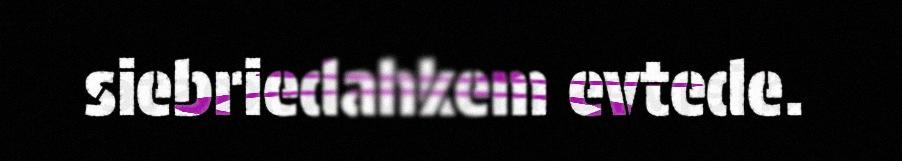
siebriedahkem evtede.